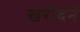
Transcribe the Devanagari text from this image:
खरीदनें